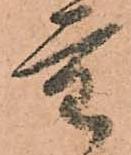
重